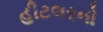
હીટલરનો